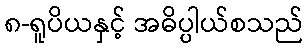
၈-ရူပိယနှင့် အဓိပ္ပါယ်စသည်